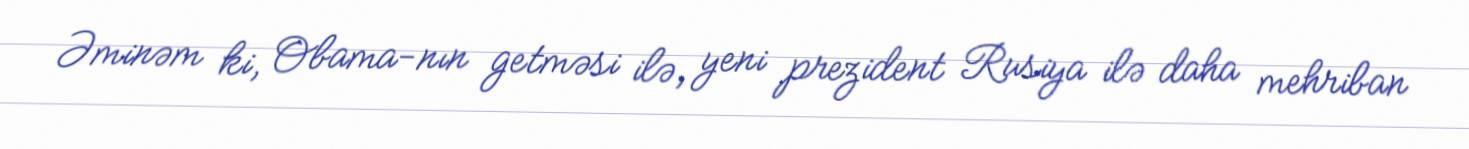
Əminəm ki, Obama-nın getməsi ilə, yeni prezident Rusiya ilə daha mehriban